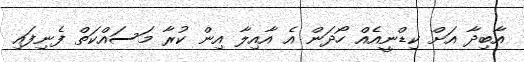
އާބިދާ އަށް ކިޑްނީއެއް ހޯދަން އެ އާއިލާ އިން ކުރާ މަސައްކަތް ފެނިފައި